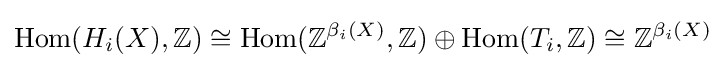
\operatorname {Hom} (H_{i}(X),\mathbb {Z} )\cong \operatorname {Hom} (\mathbb {Z} ^{\beta _{i}(X)},\mathbb {Z} )\oplus \operatorname {Hom} (T_{i},\mathbb {Z} )\cong \mathbb {Z} ^{\beta _{i}(X)}